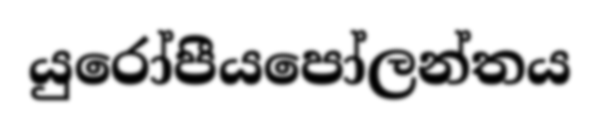
යුරෝපීයපෝලන්තය